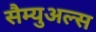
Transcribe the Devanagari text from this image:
सैम्युअल्स